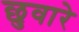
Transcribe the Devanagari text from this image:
छुवारे